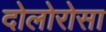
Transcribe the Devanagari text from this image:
दोलोरोसा